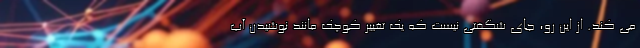
می کند. از این رو، جای شگفتی نیست که یک تغییر کوچک مانند نوشیدن آب